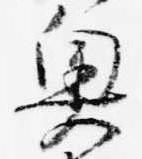
奥